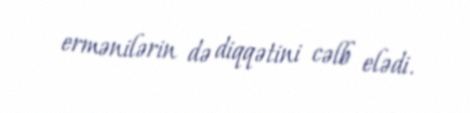
ermənilərin də diqqətini cəlb elədi.